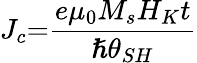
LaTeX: J_{c}{=}\frac{e{\mu}_{0}M_{s}H_{K}t}{{{\hslash}\theta}_{SH}}